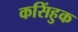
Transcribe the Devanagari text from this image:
कसिंहुक